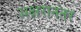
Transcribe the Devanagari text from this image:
अक्षरानंतर